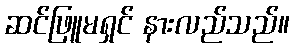
ဆင်ဖြူမရှင် နားလည်သည်။